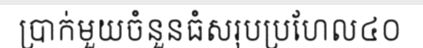
ប្រាក់មួយចំនួនធំសរុបប្រហែល៤០